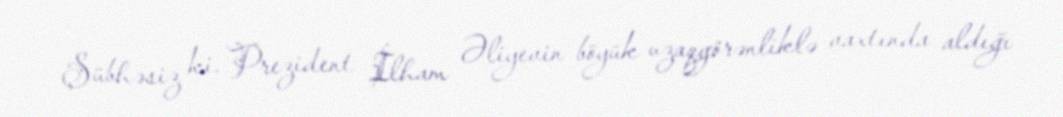
Şübhəsiz ki, Prezident İlham Əliyevin böyük uzaqgörənliklə vaxtında aldığı